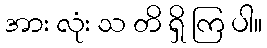
အား လုံး သ တိ ရှိ ကြ ပါ။